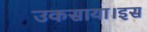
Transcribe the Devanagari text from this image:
उकसाया।इस